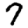
Digit: 7